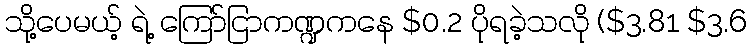
သို့ပေမယ့် ရဲ့ ကြော်ငြာကဏ္ဍကနေ $0.2 ပိုရခဲ့သလို ($3.81 $3.6